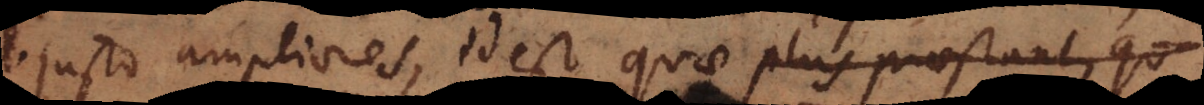
justo ampliores, id est quae plus praestant, qu